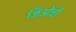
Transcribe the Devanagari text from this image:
जिओची